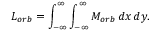
L _ { o r b } = \int _ { - \infty } ^ { \infty } \int _ { - \infty } ^ { \infty } M _ { o r b } \, d x \, d y .